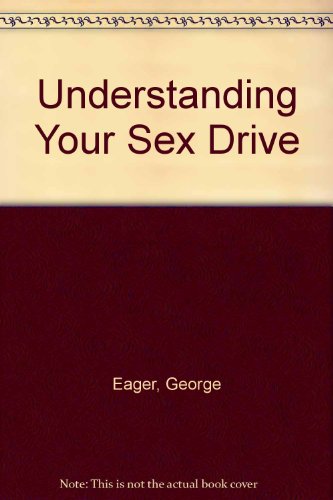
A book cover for Understanding Your Sex Drive; George Eager; Teen & Young Adult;